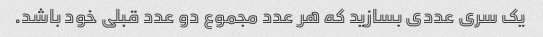
یک سری عددی بسازید که هر عدد مجموع دو عدد قبلی خود باشد.